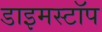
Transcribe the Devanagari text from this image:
डाइमस्टॉप